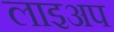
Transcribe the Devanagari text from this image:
लाइअप